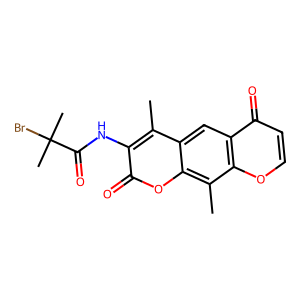
SMILES: Cc1c(NC(=O)C(C)(C)Br)c(=O)oc2c(C)c3occc(=O)c3cc12
Inhibits HIV replication: No